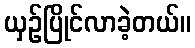
ယှဉ်ပြိုင်လာခဲ့တယ်။